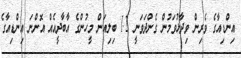
އިންޑިއާގެ ވެރިން ވިދާޅުވަމުން ގެންދަވަނީ 1.2 ބިލިއަން މީހުންގެ އާބާދީއެއް އޮންނަ އިންޑިއާގެ